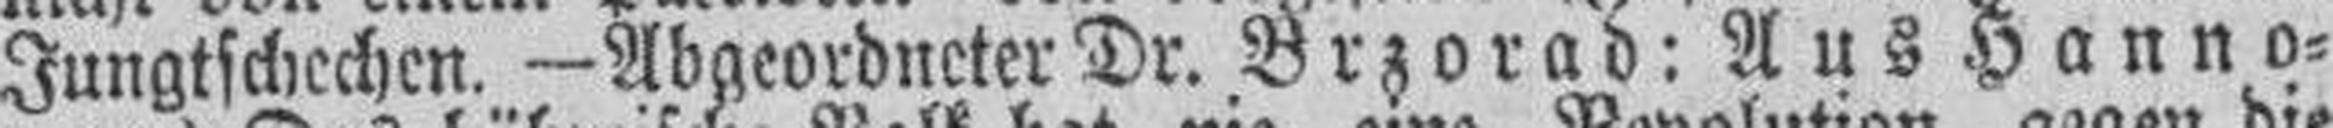
Jungtschechen. — Abgeordneter Dr. Brzorad: Aus Hanno¬